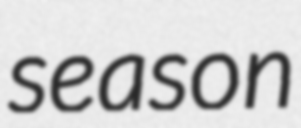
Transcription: season